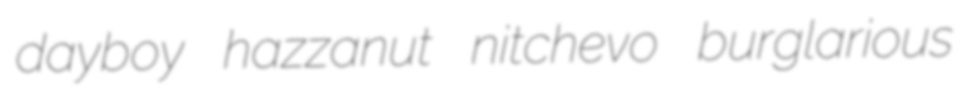
dayboy hazzanut nitchevo burglarious